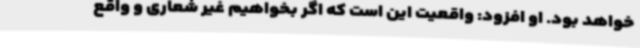
خواهد بود. او افزود: واقعیت این است که اگر بخواهیم غیر شعاری و واقع